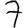
Digit: 7